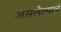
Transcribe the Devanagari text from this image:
असलेल्याचे